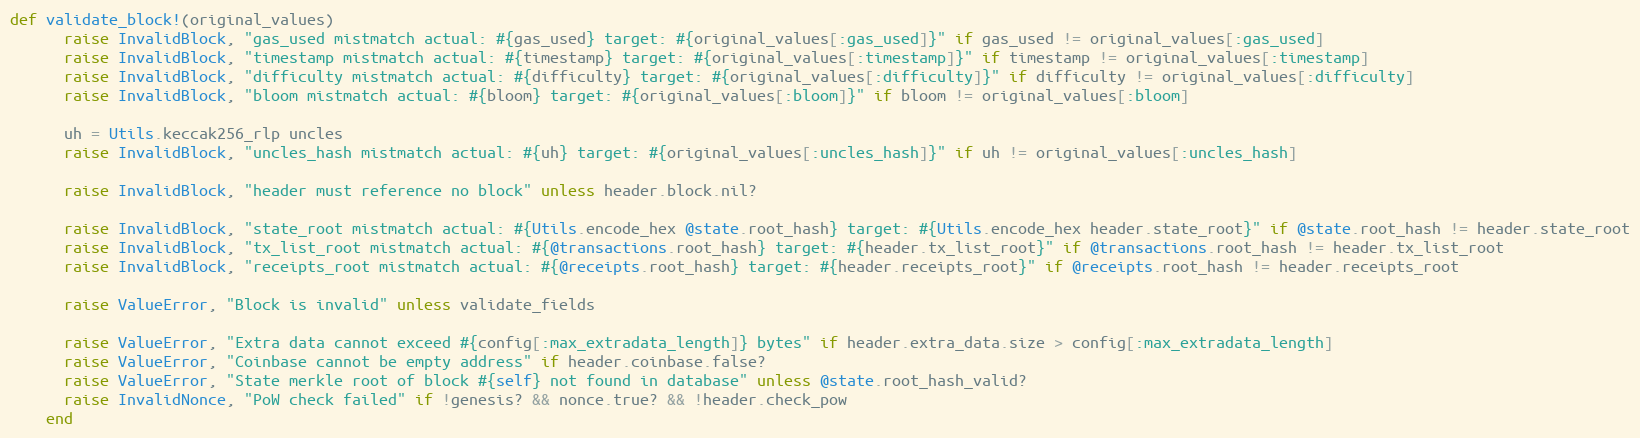
Language: Ruby
def validate_block!(original_values)
      raise InvalidBlock, "gas_used mistmatch actual: #{gas_used} target: #{original_values[:gas_used]}" if gas_used != original_values[:gas_used]
      raise InvalidBlock, "timestamp mistmatch actual: #{timestamp} target: #{original_values[:timestamp]}" if timestamp != original_values[:timestamp]
      raise InvalidBlock, "difficulty mistmatch actual: #{difficulty} target: #{original_values[:difficulty]}" if difficulty != original_values[:difficulty]
      raise InvalidBlock, "bloom mistmatch actual: #{bloom} target: #{original_values[:bloom]}" if bloom != original_values[:bloom]

      uh = Utils.keccak256_rlp uncles
      raise InvalidBlock, "uncles_hash mistmatch actual: #{uh} target: #{original_values[:uncles_hash]}" if uh != original_values[:uncles_hash]

      raise InvalidBlock, "header must reference no block" unless header.block.nil?

      raise InvalidBlock, "state_root mistmatch actual: #{Utils.encode_hex @state.root_hash} target: #{Utils.encode_hex header.state_root}" if @state.root_hash != header.state_root
      raise InvalidBlock, "tx_list_root mistmatch actual: #{@transactions.root_hash} target: #{header.tx_list_root}" if @transactions.root_hash != header.tx_list_root
      raise InvalidBlock, "receipts_root mistmatch actual: #{@receipts.root_hash} target: #{header.receipts_root}" if @receipts.root_hash != header.receipts_root

      raise ValueError, "Block is invalid" unless validate_fields

      raise ValueError, "Extra data cannot exceed #{config[:max_extradata_length]} bytes" if header.extra_data.size > config[:max_extradata_length]
      raise ValueError, "Coinbase cannot be empty address" if header.coinbase.false?
      raise ValueError, "State merkle root of block #{self} not found in database" unless @state.root_hash_valid?
      raise InvalidNonce, "PoW check failed" if !genesis? && nonce.true? && !header.check_pow
    end